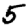
Digit: 5